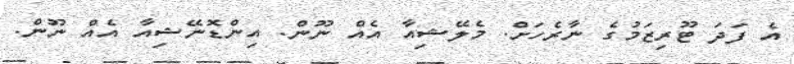
އެ ފަދަ ޓޫރިޒަމުގެ ނާރެހަށް. މެލޭޝިއާ އެއް ނޫން. އިންޑޮނޭޝިއާ އެއް ނޫން.